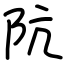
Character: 阬